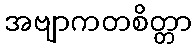
အဗျာကတစိတ္တာ